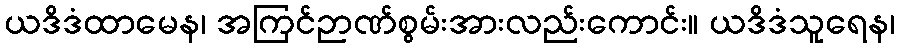
ယဒိဒံထာမေန၊ အကြင်ဉာဏ်စွမ်းအားလည်းကောင်း။ ယဒိဒံသူရေန၊